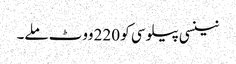
نینسی پیلوسی کو 220 ووٹ ملے۔